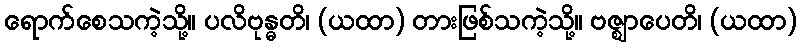
ရောက်စေသကဲ့သို့။ ပလိဗုန္ဓတိ၊ (ယထာ) တားဖြစ်သကဲ့သို့။ ဗဇ္ဈာပေတိ၊ (ယထာ)